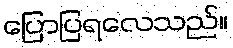
ပြောပြရလေသည်။